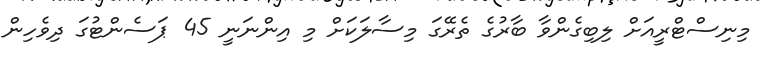
މިނިސްޓްރީއަށް ލިބިގެންވާ ބާރުގެ ތެރޭގަ މިސާލަކަށް މި އިންނަނީ 45 ޕަސެންޓުގަ ދިވެހިން